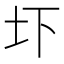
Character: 圷